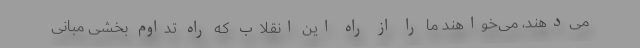
می‌دهند، می‌خواهند ما را از راه این انقلاب که راه تداوم بخشی مبانی